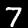
Label: 7